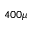
4 0 0 \mu